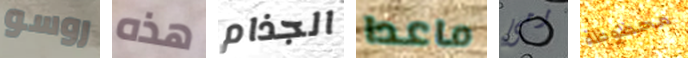
روسو هذه الجذام ماعدا رمى محظوظة